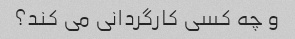
و چه کسی کارگردانی می کند؟